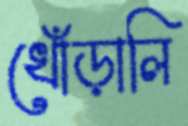
খোঁড়ালি